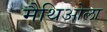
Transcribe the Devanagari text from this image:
मैथिओला